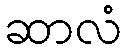
ဆာလံ